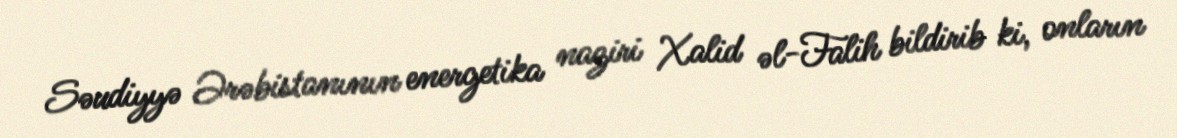
Səudiyyə Ərəbistanının energetika naziri Xalid əl-Falih bildirib ki, onların